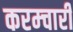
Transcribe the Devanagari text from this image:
करम्चारी